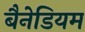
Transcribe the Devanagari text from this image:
बैनेडियम